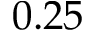
0 . 2 5